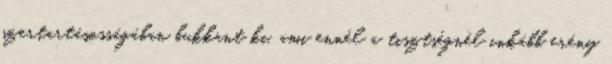
szertartásosságában bukkant ki, ami ennél a tisztségnél inkább erény